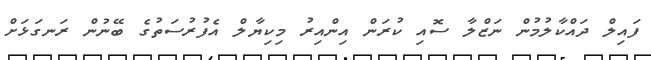
ފައިލް ދައްކާލުމުން ނަޒްލާ ސޮއި ކުރަން އިންއިރު މިކިޔާލް އެފުރުސަތުގެ ބޭނުން ރަނގަޅަށް